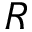
R